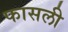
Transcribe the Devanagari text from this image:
फासली